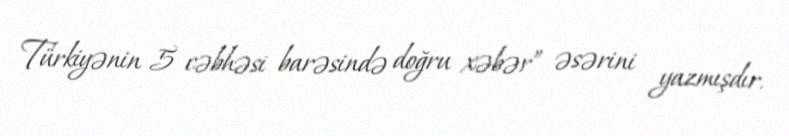
Türkiyənin 5 cəbhəsi barəsində doğru xəbər” əsərini yazmışdır.